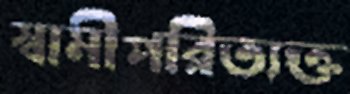
স্বামীপরিত্যক্ত